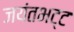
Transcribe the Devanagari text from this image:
जयंतभट्ट